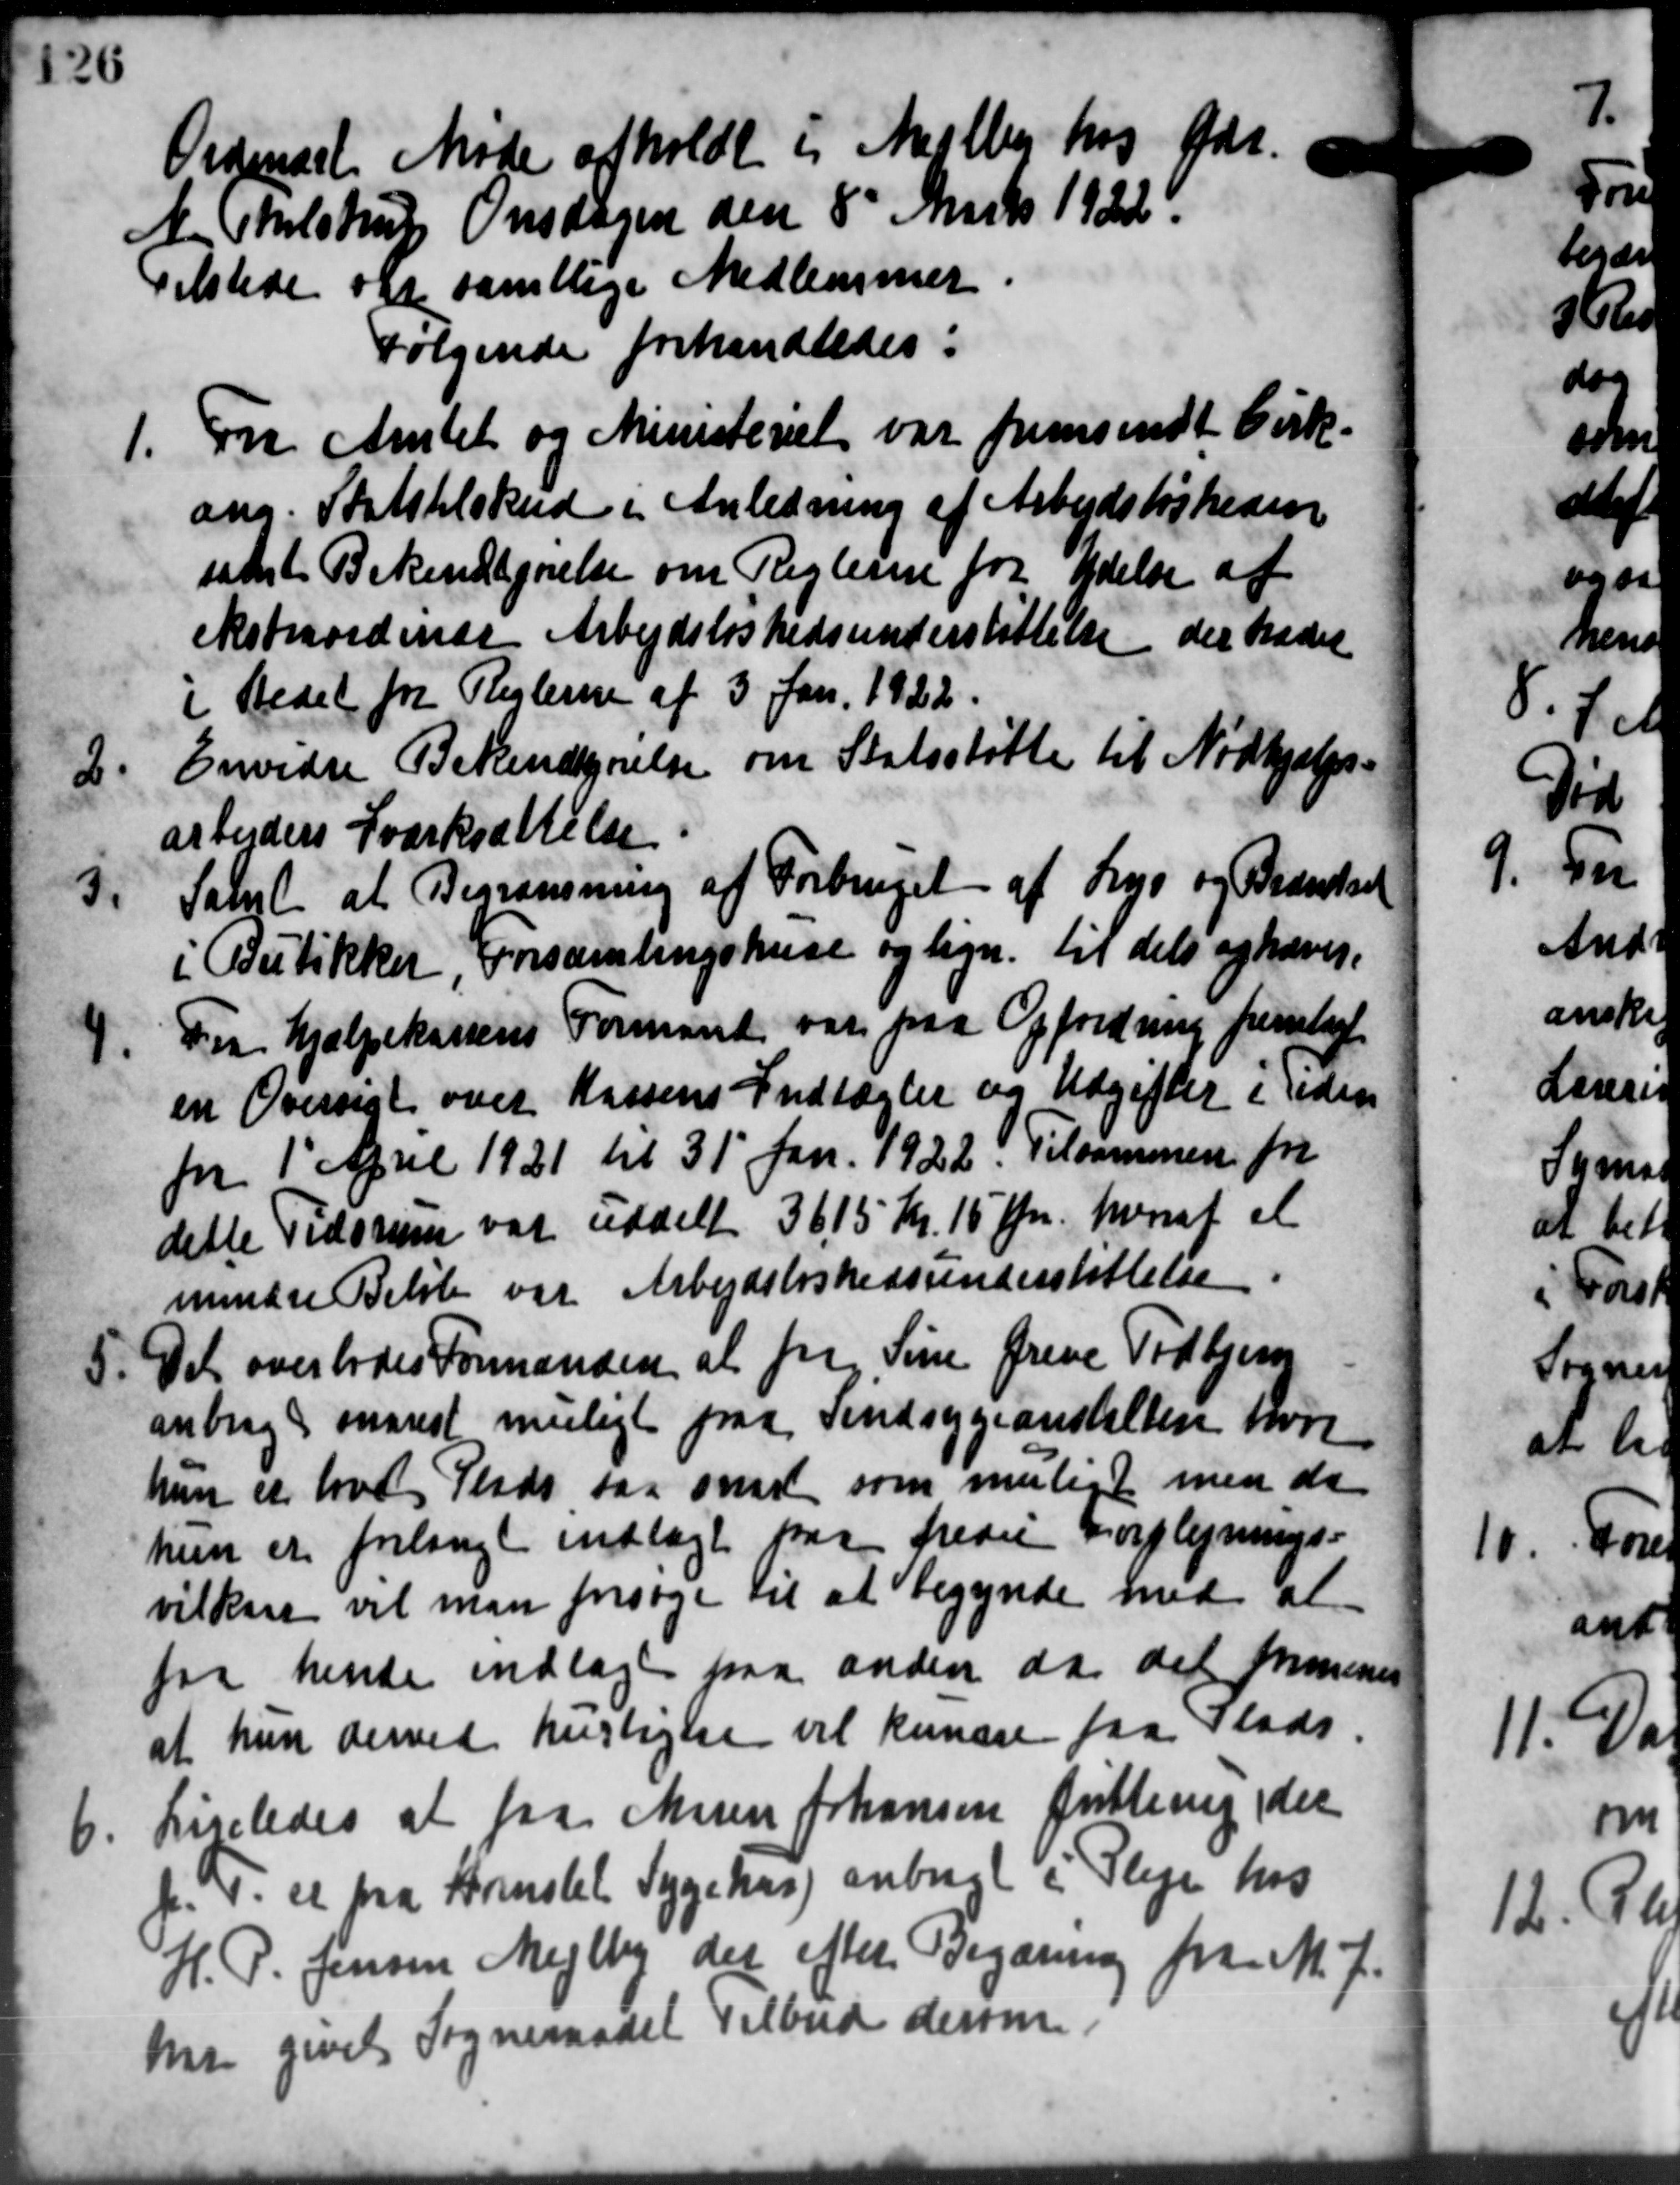
Transskription:
Ordinært Møde afholdt i Mellem hos Gdr.
N. Tholstrup Onsdagen den 8' Marts 1922.
Tilstede og samtlige Medlemmer.
Følgende forhandledes:
1. Fra Amtet og Ministeriet var fremsendt Cirk.
1. Fra Amtet og Ministeriet var fremsendt Cirk.
ang. Statstilskud i Anledning af Arbejdsløsheden
samt Bekendtgørelse om Reglerne for Ydelse af
ekstraordinde Arbejdsløshedsunderstøttelse der trædet
i Stedet for Reglerne af 3 Jan. 1922.
2.
Envidre Bekendtgørelse om Statsstøtte til Nødhjælps-
arbejders Sværksættelse
3.
Samt at Begrænsning af Forbruget af Lys og Brændsel
i Butikker, Forsamlingshuse og lign. til dets ophæves.

Fra Hjælpekassens Formand var paa Opfordring fremlagt.
en Oversigt over Kassens Indtægter og Udgifter i Tiden
for 1' April 1921 til 31' Jan. 1922. Tilsammen for
dette Tidsrum var uddelt 3615 Kr. 15 Øre, hvoraf et
mindre Beløb var Arbejdsløshedsunderstøttelse.
5. Det overlodes Formanden at fra Sine Greve Todbjerg
5. Det overlodes Formanden at fra Sine Greve Todbjerg
anbragt snarest muligt paa Sindsygeanstalten hvor
hun er have Plads faa snart som muligt men de
hun er forlangt indlagt paa fredie Forplejnings-
vilken vil man forsøge til at begynde med at
for hende indlagt paa anden da det formenes
at hun derved hurtigsen vil kunde fra Plads
6.
Ligeledes at fra Muren Johansen futting, der
p. 4. et paa Hornslet Sygehus anbragt i Pleje hos
H. P. Jensen Mejlby der efter Begæring fra M. J.
ma givet Sogneraadet Tilbud derom